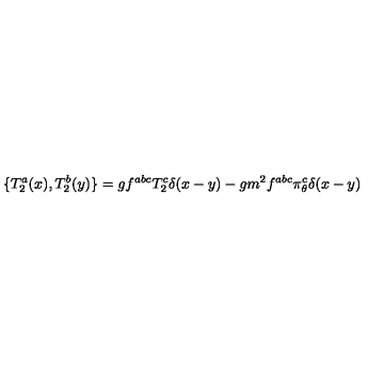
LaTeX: \{ T _ { 2 } ^ { a } ( x ) , T _ { 2 } ^ { b } ( y ) \} = g f ^ { a b c } T _ { 2 } ^ { c } \delta ( x - y ) - g m ^ { 2 } f ^ { a b c } \pi _ { \theta } ^ { c } \delta ( x - y )